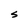
Character: S